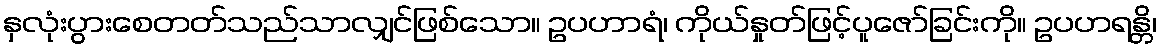
နှလုံးပွားစေတတ်သည်သာလျှင်ဖြစ်သော။ ဥပဟာရံ၊ ကိုယ်နှုတ်ဖြင့်ပူဇော်ခြင်းကို။ ဥပဟရန္တိ၊